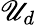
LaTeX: \mathscr{U}_{d}